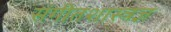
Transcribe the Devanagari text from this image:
संगीतशास्त्रज्ञ